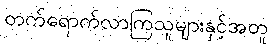
တက်ရောက်လာကြသူများနှင့်အတူ